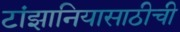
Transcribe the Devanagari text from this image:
टांझानियासाठीची